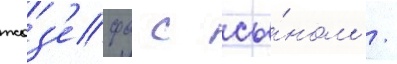
жоз'ефа с сы́ном /